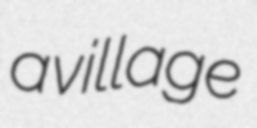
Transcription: a village